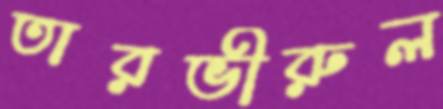
তারভীরুল